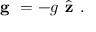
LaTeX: { \textbf { g } } = - g { \hat { \textbf { z } } } .